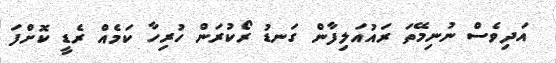
އަދިވެސް ނުނިމޭތަ ރައުއަލިފާން ގަނޑު ރޯކުރަން ހުރިހާ ކަމެއް ރެޑީ ކޮށްފަ